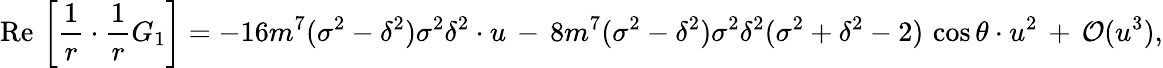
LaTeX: \mathrm{Re}\, \left[\frac{1}{r}\cdot\frac{1}{r}G_{1}\right]=-16m^{7}(\sigma^{2}-\delta^{2})\sigma^{2}\delta^{2}\cdot u\, -\, 8m^{7}(\sigma^{2}-\delta^{2})\sigma^{2}\delta^{2}(\sigma^{2}+\delta^{2}-2)\, \cos\theta\cdot u^{2}\, +\, {\cal O}(u^{3}),